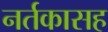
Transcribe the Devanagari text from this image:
नर्तकासह